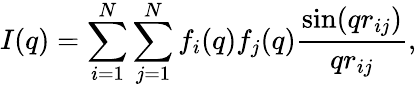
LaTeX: I(q)=\sum_{i=1}^{N}\sum_{j=1}^{N}f_{i}(q)f_{j}(q){\frac{\sin(qr_{ij})}{qr_{ij}}},